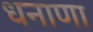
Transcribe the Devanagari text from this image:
धनाणा